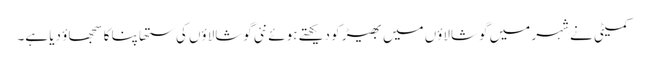
کمیٹی نے شہر میں گوشالاؤں میں بھیڑ کو دیکھتے ہوئے نئی گوشالاؤں کی ستھاپنا کا سجھاؤ دیا ہے۔